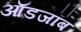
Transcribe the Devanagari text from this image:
ऑडजॉब